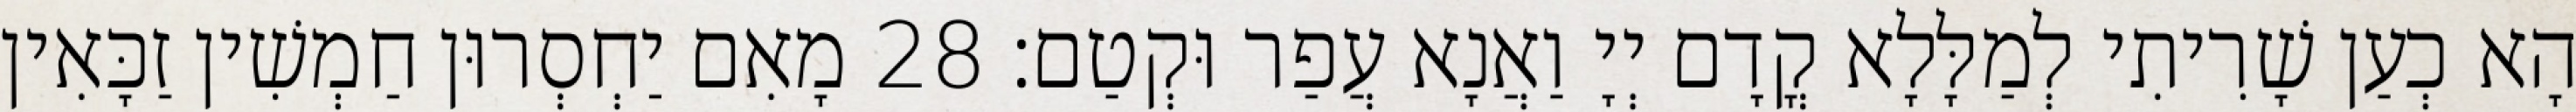
הָא כְעַן שָׁרִיתִי לְמַלָּלָא קֳדָם יְיָ וַאֲנָא עֲפַר וּקְטַם׃ 28 מָאִם יַחְסְרוּן חַמְשִׁין זַכָּאִין